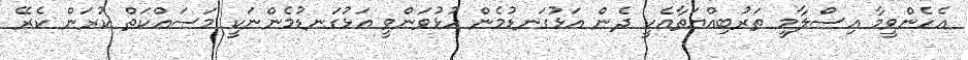
އެހެންވީމާ އިސްލާމީ ތަރުބިއްޔަތާއެކީ ދެން އަޅުގަނޑުމެން ހުޅުވަންވީ އަޅުގަނޑުމެންނަކީ މަސައްކަތް ކުރަން ކެރޭ